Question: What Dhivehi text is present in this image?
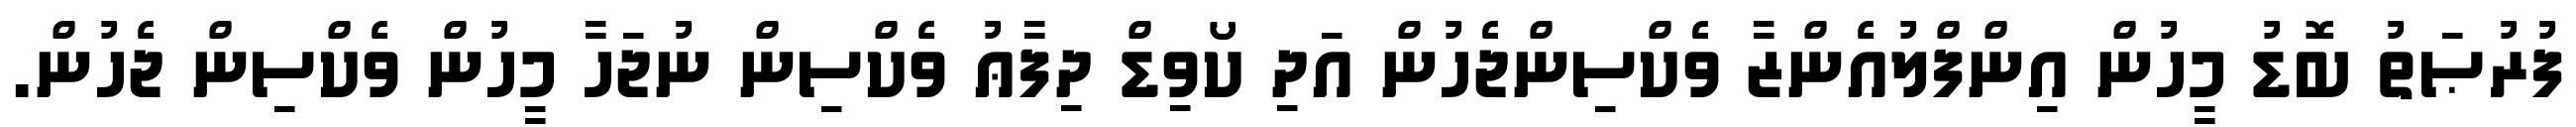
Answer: ފުރުޞަތު ބޮޑު މީހުން އިންފްލުއެންޒާ ވެކްސިންޖެހުން އަދި ކޯވިޑް ދިފާޢު ވެކްސިން ނުޖަހާ މީހުން ވެކްސިން ޖެހުން.